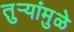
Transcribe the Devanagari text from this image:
तुऱ्यांमुळे